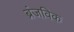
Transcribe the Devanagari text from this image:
ब्रंजविक